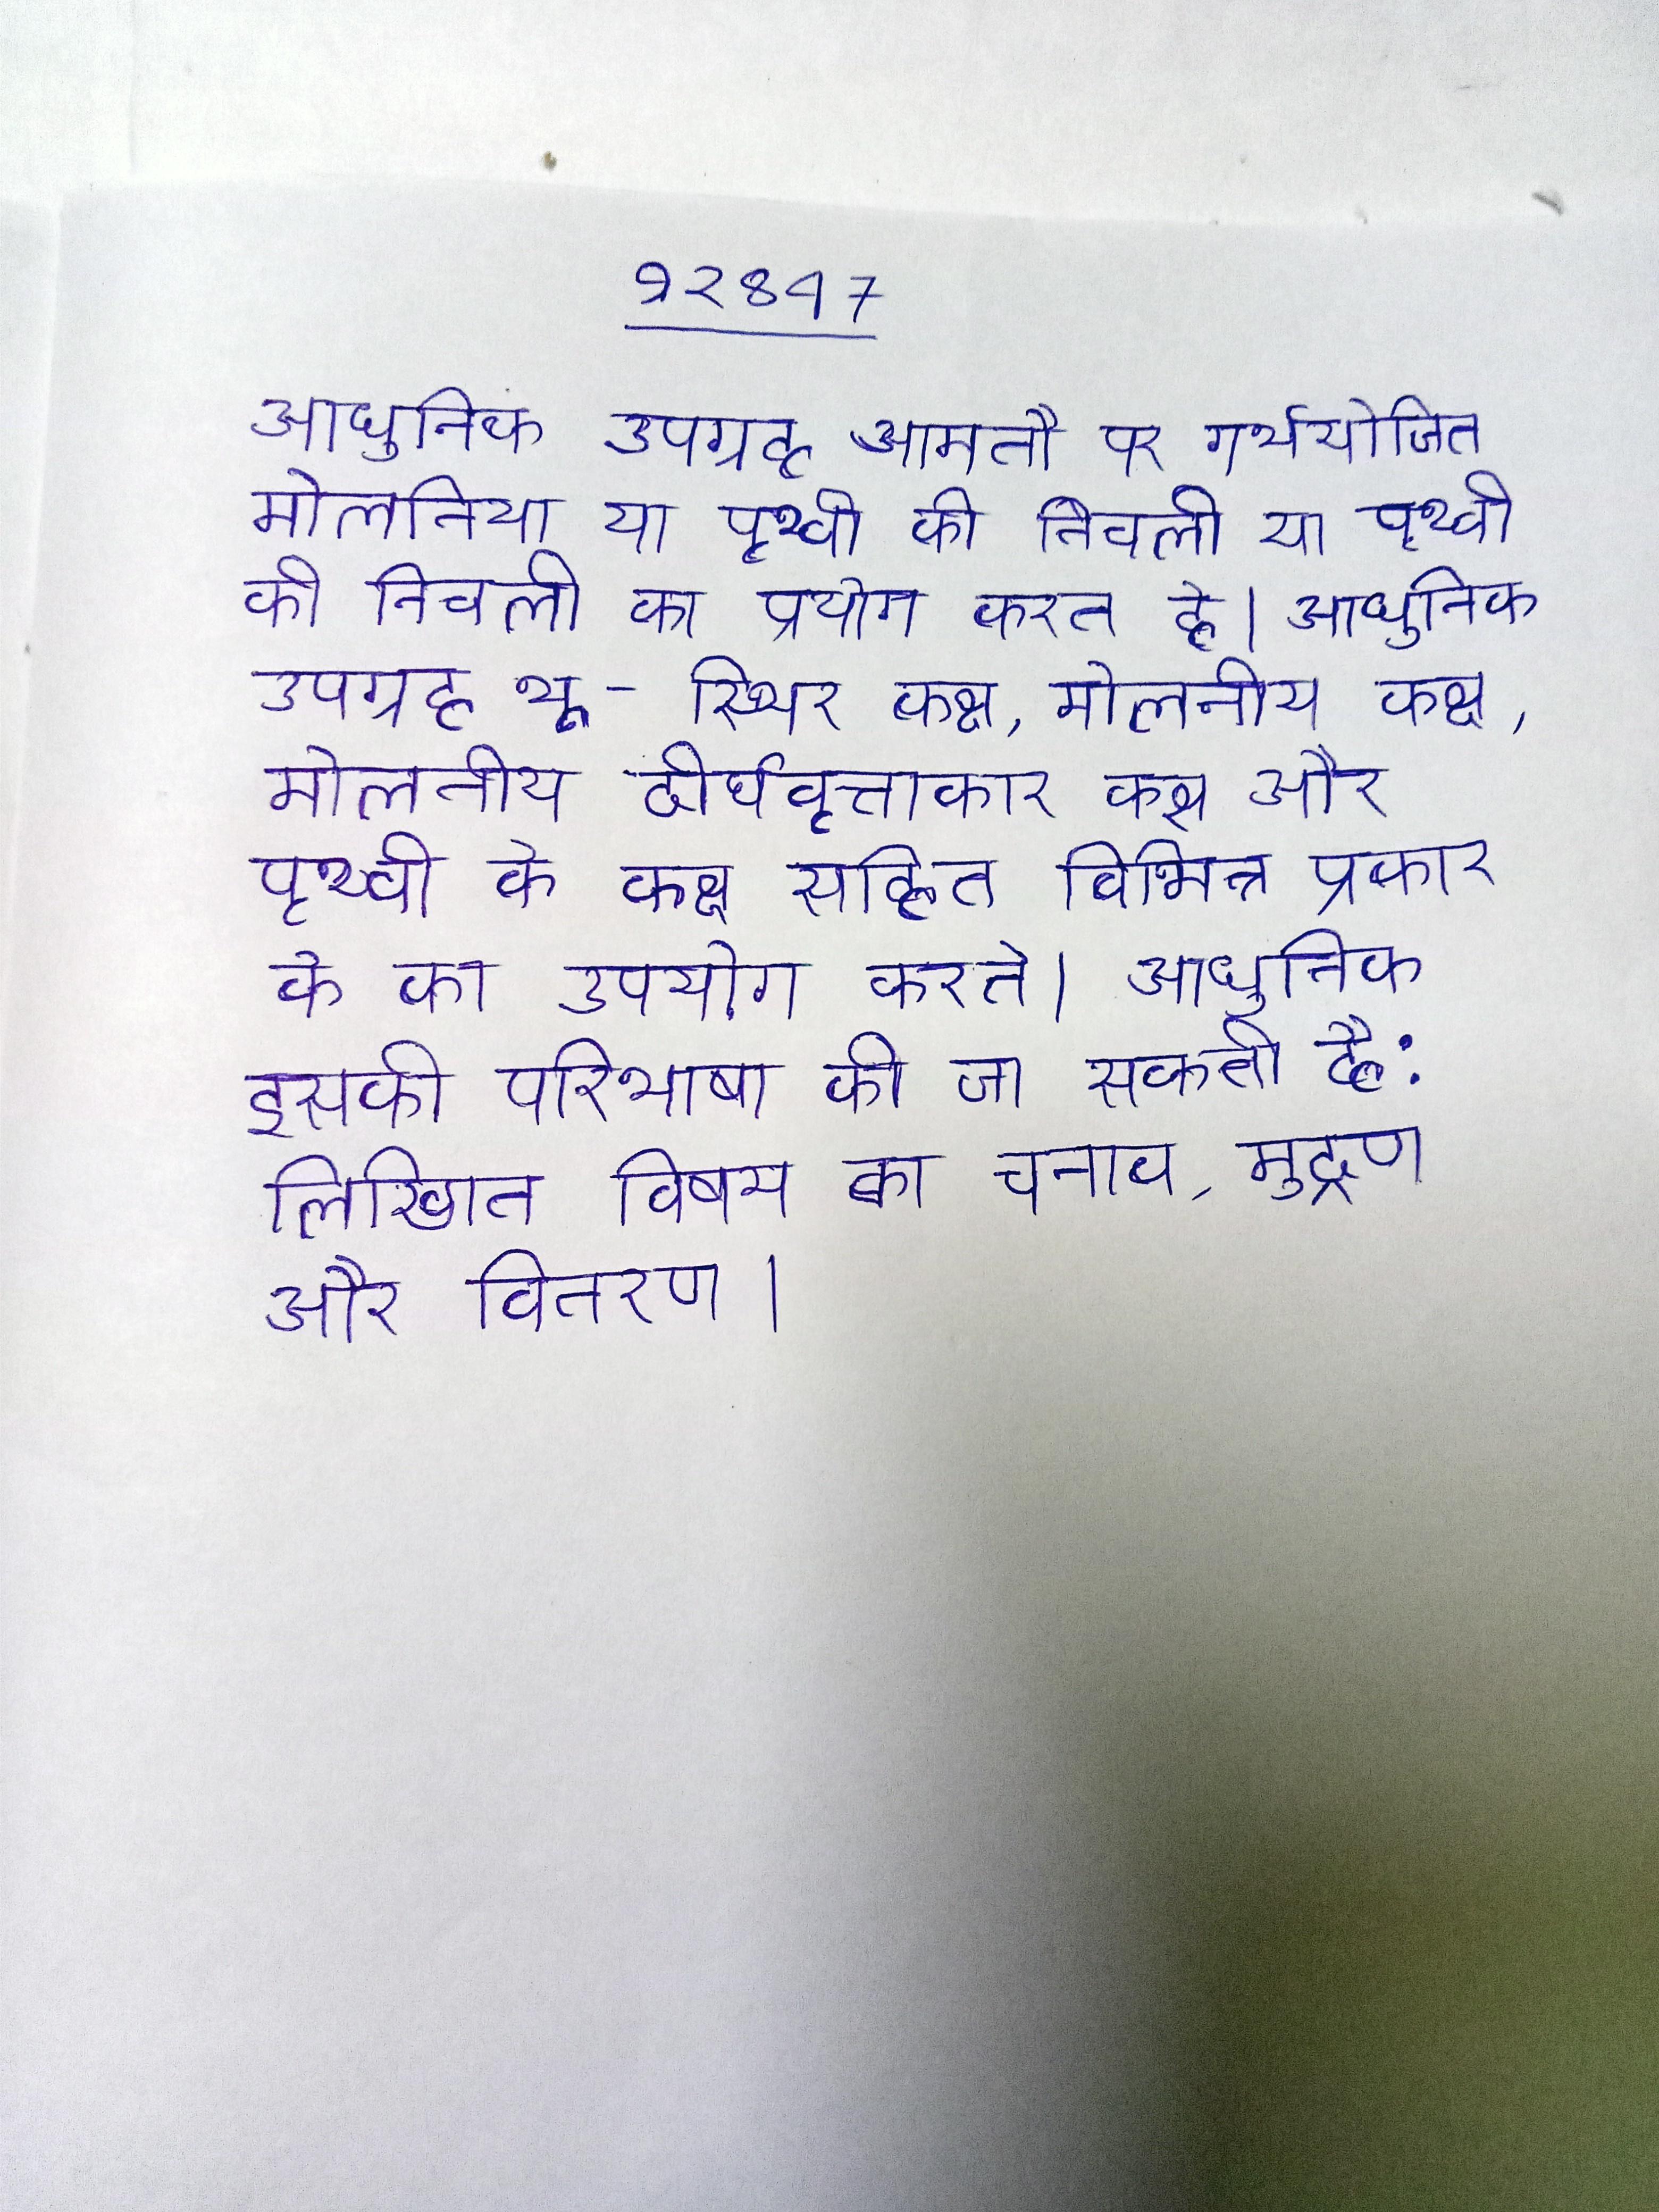
आधुनिक उपग्रह आमतौर पर गर्भायोजित मोलनिया या पृथ्वी की निचली का प्रयोग करते है । आधुनिक उपग्रह भू-स्थिर कक्ष, मोलनीय कक्ष, अन्य दीर्घवृत्ताकार कक्ष और पृथ्वी के निचले (ध्रुवीय और कक्ष सहित विभिन्न प्रकार के का उपयोग करते । आधुनिक इसकी परिभाषा की जा सकती है: लिखित विषय का चुनाव, मुद्रण और वितरण ।